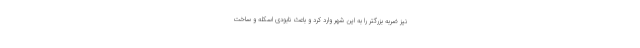
نیز ضربه بزرگتر را به این شهر وارد کرد و باعث نابودی اسکله و ساخت